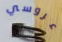
عروسي